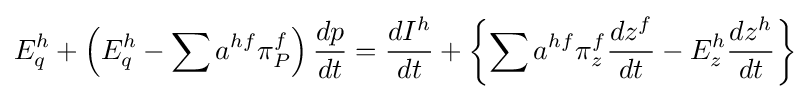
E_{q}^{h}+\left(E_{q}^{h}-\sum a^{hf}\pi _{P}^{f}\right){\frac {dp}{dt}}={\frac {dI^{h}}{dt}}+\left\{\sum a^{hf}\pi _{z}^{f}{\frac {dz^{f}}{dt}}-E_{z}^{h}{\frac {dz^{h}}{dt}}\right\}